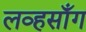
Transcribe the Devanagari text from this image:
लव्हसाँग